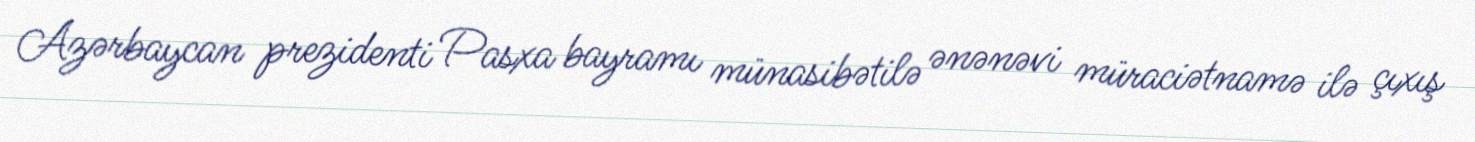
Azərbaycan prezidenti Pasxa bayramı münasibətilə ənənəvi müraciətnamə ilə çıxış